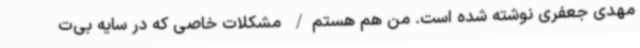
مهدی جعفری نوشته شده است. من هم هستم/ مشکلات خاصی که در سایه بی‌ت